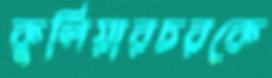
কুলিয়ারচরকে